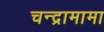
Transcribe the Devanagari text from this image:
चन्द्रामामा